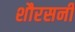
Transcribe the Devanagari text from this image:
शौरसनी